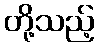
တို့သည့်